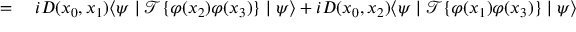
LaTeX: \begin{array} { r l } { = { } } & { { } i D ( x _ { 0 } , x _ { 1 } ) \langle \psi \mid { \mathcal { T } } \{ \varphi ( x _ { 2 } ) \varphi ( x _ { 3 } ) \} \mid \psi \rangle + i D ( x _ { 0 } , x _ { 2 } ) \langle \psi \mid { \mathcal { T } } \{ \varphi ( x _ { 1 } ) \varphi ( x _ { 3 } ) \} \mid \psi \rangle } \end{array}